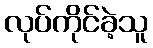
လုပ်ကိုင်ခဲ့သူ